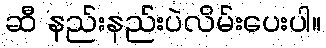
ဆီ နည်းနည်းပဲလိမ်းပေးပါ။